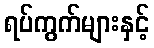
ရပ်ကွက်များနှင့်